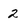
Character: 2